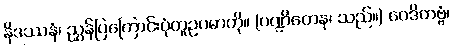
နိဒဿနံ၊ ညွှန်ပြကြောင်းပုံတူဥပမာကို။ (ပဏ္ဍိတေန၊ သည်။) ဝေဒိတဗ္ဗံ၊